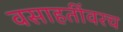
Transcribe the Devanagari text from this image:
वसाहतींवरच